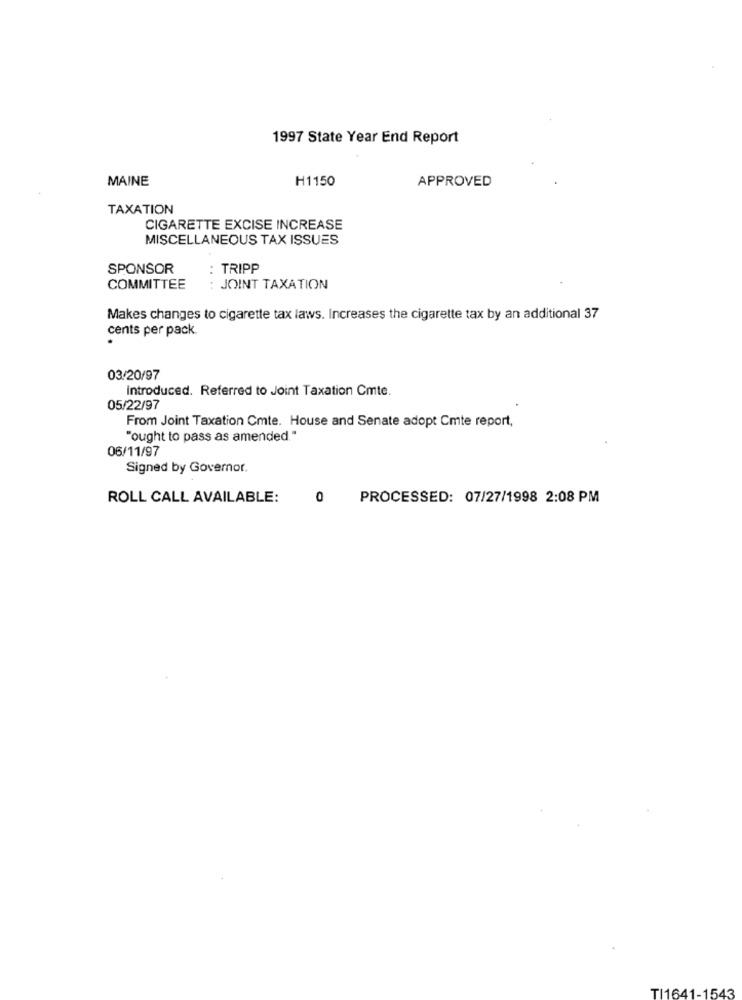
1997 State Year End Report
MAINE
H1150
APPROVED
TAXATION
CIGARETTE EXCISE INCREASE
MISCELLANEOUS TAX ISSUES
SPONSOR
TRIPP
COMMITTEE
JOINT TAXATION
....
Makes changes to cigarette tax laws. Increases the cigarette tax by an additional 37
cents per pack.
03/20/97
Introduced. Referred to Joint Taxation Cmte.
05/22/97
From Joint Taxation Cmte. House and Senate adopt Cmte report,
"ought to pass as amended."
06/11/97
Signed by Governor.
ROLL CALL AVAILABLE:
0
PROCESSED: 07/27/1998 2:08 PM
TI1641-1543